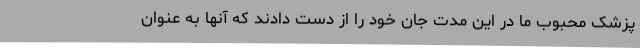
پزشک محبوب ما در این مدت جان خود را از دست دادند که آنها به عنوان